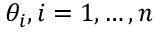
\theta _ { i } , i = 1 , \ldots , n